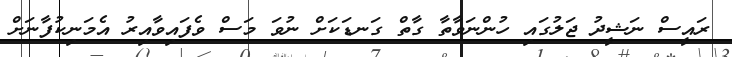
ރައީސް ނަޝީދު ޖަލުގައި ހުންނަވާތާ ގާތް ގަނޑަކަށް ނުވަ މަސް ވެފައިވާއިރު އެމަނިކުފާނަށް